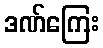
ဒဏ်ကြေး